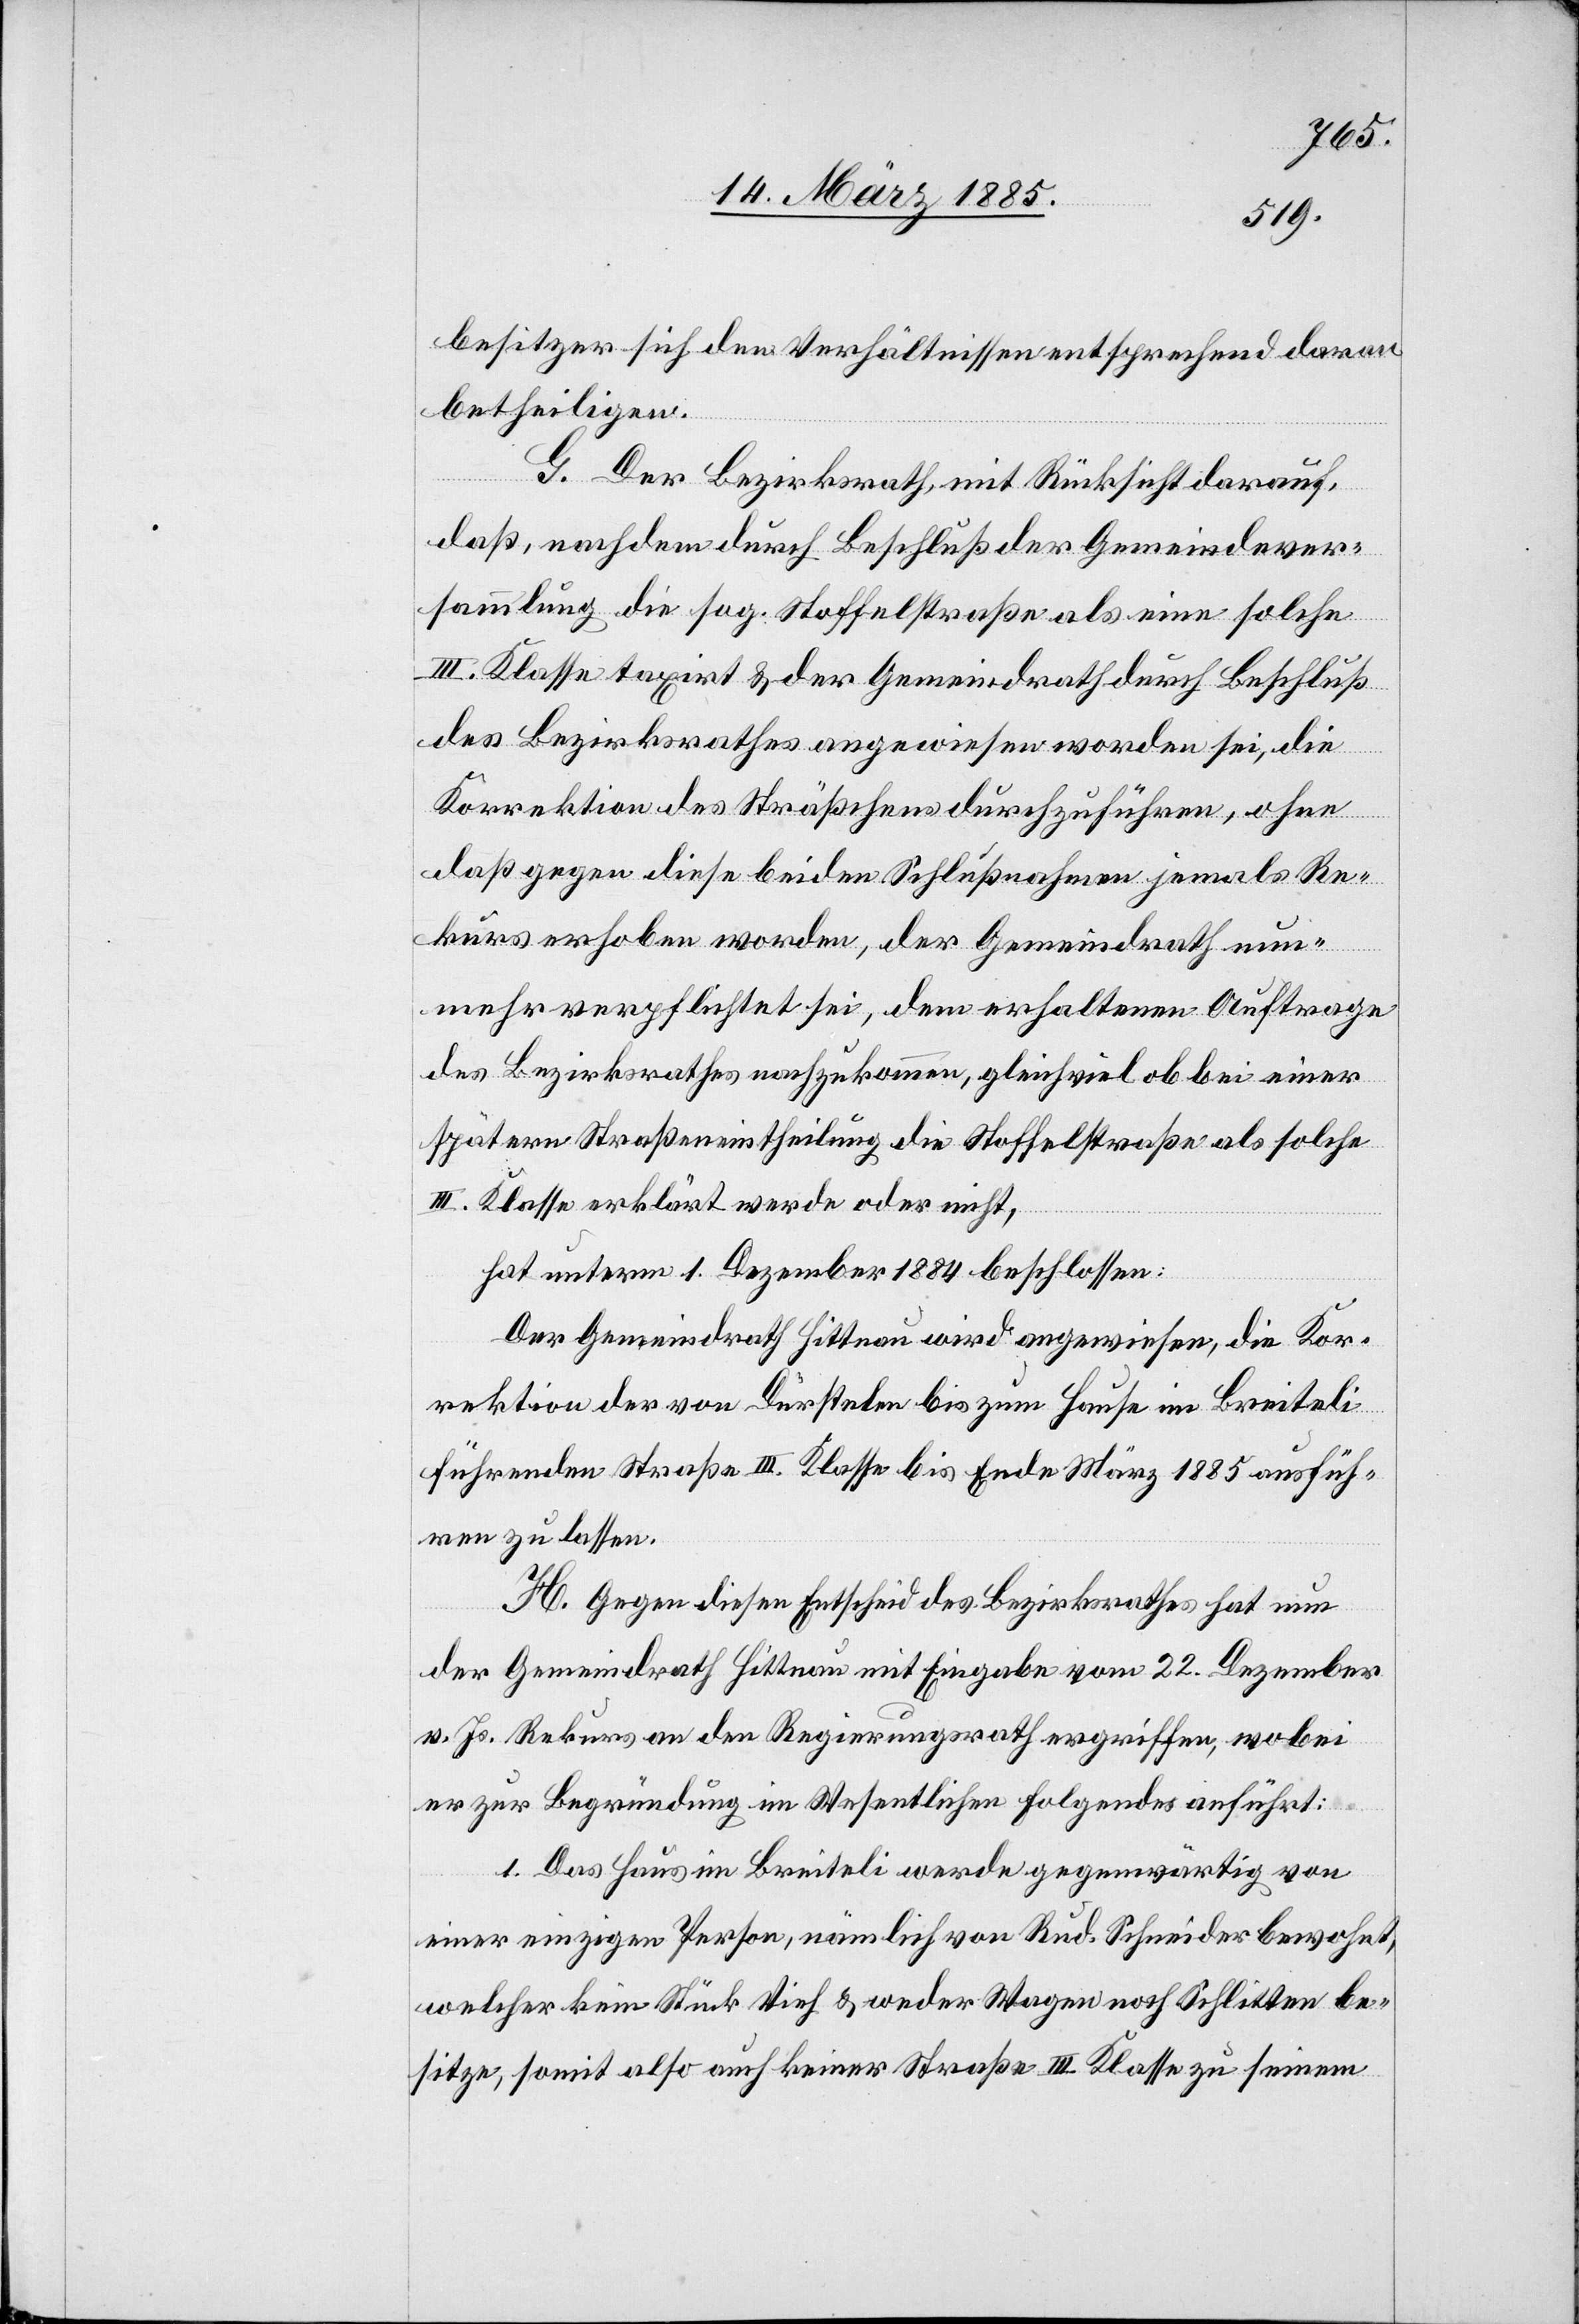
besitzer sich den Verhältnissen entsprechend daran
betheiligten.
G. Der Bezirksrath, mit Rücksicht darauf,
daß, nachdem durch Beschluß der Gemeindever¬
sammlung die sog. Stoffelstraße als eine solche
III. Klasse taxirt & der Gemeindrath durch Beschluß
des Bezirksrathes angewiesen worden sei, die
Korrektion des Sträßchens durchzuführen, ohne
daß gegen diese beiden Schlußnahmen jemals Re¬
kurs erhoben worden, der Gemeindrath nun¬
mehr verpflichtet sei, dem erhaltenen Auftrage
des Bezirksrathes nachzukommen, gleichviel ob bei einer
spätern Straßeneintheilung die Stoffelstraße als solche
III. Klasse erklärt werde oder nicht,
hat unterm 1. Dezember 1884 beschlossen:
Der Gemeindrath Hittnau wird angewiesen, die Kor¬
rektion der von Dürstelen bis zum Hause im Breiteli
führenden Straße III. Klasse bis Ende März 1885 ausfüh¬
ren zu lassen.
H. Gegen diesen Entscheid des Bezirksrathes hat nun
der Gemeindrath Hittnau mit Eingabe vom 22. Dezember
v. Js. Rekurs an den Regierungsrath ergriffen, wobei
er zur Begründung im Wesentlichen folgendes anführt:
1. Das Haus im Breiteli werde gegenwärtig von
einer einzigen Person, nämlich von Rud. Schneider bewohnt,
welcher kein Stück Vieh & weder Wagen noch Schlitten be¬
sitze, somit also auch keiner Straße III. Klasse zu seinem